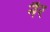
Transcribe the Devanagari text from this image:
नैर